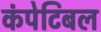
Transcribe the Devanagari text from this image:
कंपेटिबल